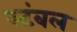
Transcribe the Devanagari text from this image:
स्टंबल